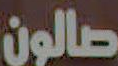
صالون